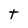
Character: t